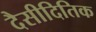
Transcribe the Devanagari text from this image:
दैसीदितिक